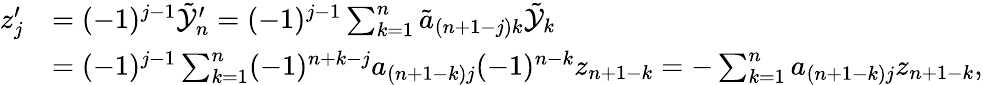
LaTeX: \begin{array}{rl}{z_{j}^{\prime}}&{=(-1)^{j-1}\tilde{\mathcal{Y}}_{n}^{\prime}=(-1)^{j-1}\sum_{k=1}^{n}\tilde{a}_{(n+1-j)k}\tilde{\mathcal{Y}}_{k}}\\ &{=(-1)^{j-1}\sum_{k=1}^{n}(-1)^{n+k-j}a_{(n+1-k)j}(-1)^{n-k}z_{n+1-k}=-\sum_{k=1}^{n}a_{(n+1-k)j}z_{n+1-k},}\end{array}